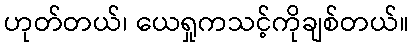
ဟုတ်တယ်၊ ယေရှုကသင့်ကိုချစ်တယ်။